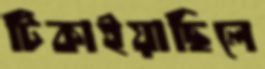
টিকাইয়াছিলে